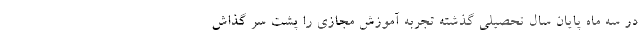
در سه ماه پایان سال تحصیلی گذشته تجربه آموزش مجازی را پشت سر گذاش